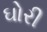
ઘોરી